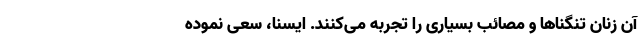
آن زنان تنگناها و مصائب بسیاری را تجربه می‌کنند. ایسنا، سعی نموده